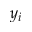
y _ { i }